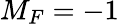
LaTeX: M_{F}=-1